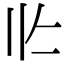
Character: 𰀢